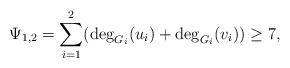
LaTeX: \begin{align*}\Psi_{1,2} = \sum_{i=1}^2 ( \deg_{G_i}(u_i) + \deg_{G_i}(v_i)) \ge 7,\end{align*}